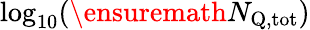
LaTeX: \log_{10}(\ensuremath{N_{\mathrm{Q,tot}}})